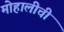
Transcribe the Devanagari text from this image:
मोहालीची